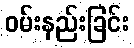
ဝမ်းနည်းခြင်း